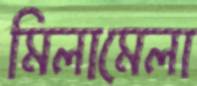
মিলামেলা